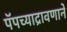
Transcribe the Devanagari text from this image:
पॅपच्याद्रावणाने